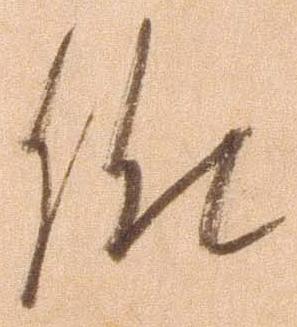
候